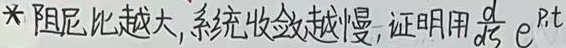
阻尼比越大,系统收敛越慢,证明用$\frac{d}{dt} e^{p t}$